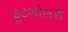
ફૂટબોલરો